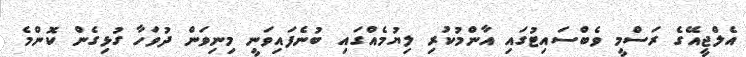
އެލްޖީއޭގެ ރަސްމީ ވެބްސައިޓުގައި އާންމުކުރި ލިޔުމެއްގައި ބުނެފައިވަނީ މިނިވަން ދުވަހާ ގުޅިގެން ކޮންމެ